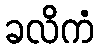
ခလိကံ